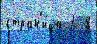
стран'и́ца 2  8